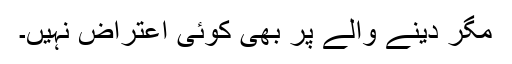
مگر دینے والے پر بھی کوئی اعتراض نہیں۔